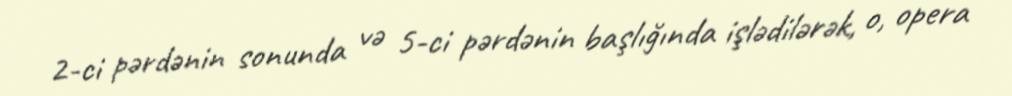
2-ci pərdənin sonunda və 5-ci pərdənin başlığında işlədilərək, o, opera